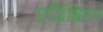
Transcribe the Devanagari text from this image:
एडिंबिरग